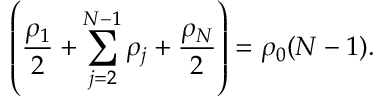
\left( \frac { \rho _ { 1 } } { 2 } + \sum _ { j = 2 } ^ { N - 1 } \rho _ { j } + \frac { \rho _ { N } } { 2 } \right) = \rho _ { 0 } ( N - 1 ) .